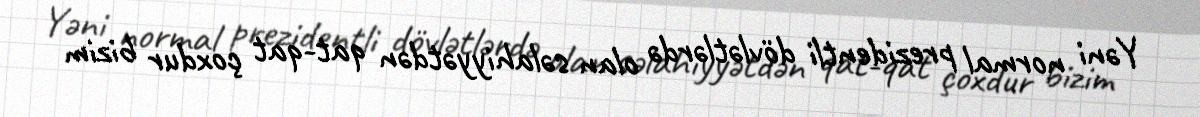
Yəni normal prezidentli dövlətlərdə olan səlahiyyətdən qat-qat çoxdur bizim